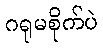
ဂရုမစိုက်ပဲ